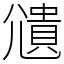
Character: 𫵒